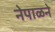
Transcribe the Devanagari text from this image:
नेपाळने